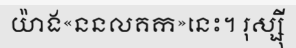
យ៉ាង«ននលគក»នេះ។ រុស្ស៊ី